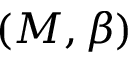
( M , \beta )